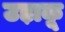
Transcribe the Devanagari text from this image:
उड़ाकू